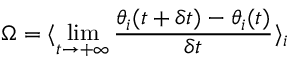
\Omega = \langle \operatorname* { l i m } _ { t \rightarrow + \infty } \frac { \theta _ { i } ( t + \delta t ) - \theta _ { i } ( t ) } { \delta t } \rangle _ { i }